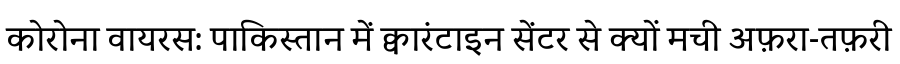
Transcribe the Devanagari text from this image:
कोरोना वायरस: पाकिस्तान में क्वारंटाइन सेंटर से क्यों मची अफ़रा-तफ़री